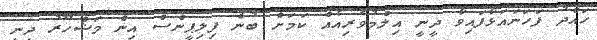
ހައްދު ފަހަނައަޅާފައިވާ ދީނީ އިލްމުވެރިއެއް ކަމަށް ބުނެ ފިލިޕީންސް އިން މަޝްހޫރު ދީނީ